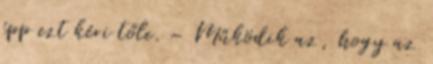
épp ezt kéri tőle. – Működik az, hogy az